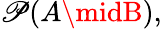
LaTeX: \mathscr{P}(A\midB),